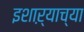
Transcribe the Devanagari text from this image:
इशाऱ्याच्या